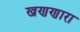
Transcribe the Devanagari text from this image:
खणणारा